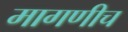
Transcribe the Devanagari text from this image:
मागणीच